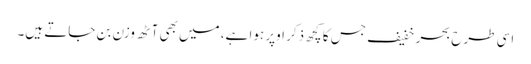
اسی طرح بحر خفیف جس کا کچھ ذکر اوپر ہوا ہے، میں بھی آٹھ وزن بن جاتے ہیں۔